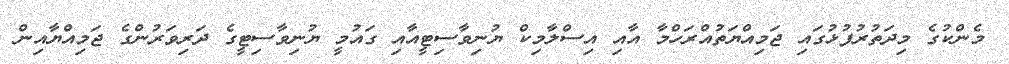
މެންކުގެ މިދަތުރުފުޅުގައި ޖަމިއްޔަތުއްރަހްމާ އާއި އިސްލާމިކް ޔުނިވާސިޓީއާއި ގައުމީ ޔުނިވާސިޓީގެ ދަރިވަރުންގެ ޖަމިއްޔާއިން